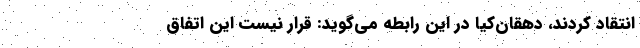
انتقاد کردند، دهقان‌کیا در این رابطه می‌گوید: قرار نیست این اتفاق